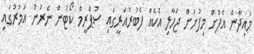
މައިދާން އެފުށް މިފުށަށް ޖަހާލި އެކެއް ފެބުރުއަރީގައި ސުޕްރީމް ކޯޓުން ނެރުނު އަމުރުގައި